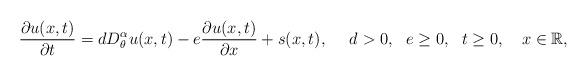
LaTeX: \begin{align*}\frac{\partial u(x,t)}{\partial t}=dD^{\alpha}_{\theta}u(x,t)-e\frac{\partial u(x,t)}{\partial x}+s(x,t), \ \ \ \ d>0, \ \ e\geq 0,\ \ t\geq0, \ \ \ x \in \mathbb{R},\end{align*}